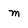
Character: m